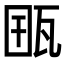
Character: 𤭋